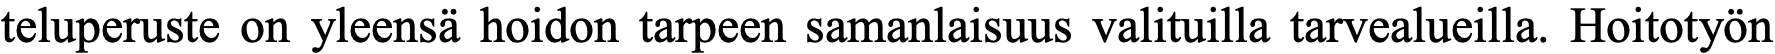
teluperuste on yleensä hoidon tarpeen samanlaisuus valituilla tarvealueilla. Hoitotyön